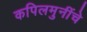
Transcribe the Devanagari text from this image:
कपिलमुनींचे